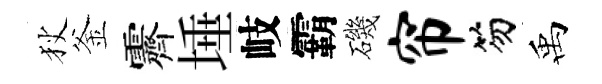
狄釜霽埵岐霸磯帘笏禹